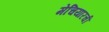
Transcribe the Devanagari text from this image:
मेचियारची